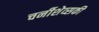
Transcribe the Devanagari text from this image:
चर्नीशेव्सकी